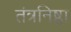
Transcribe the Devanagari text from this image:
तंत्रनिष्ठा